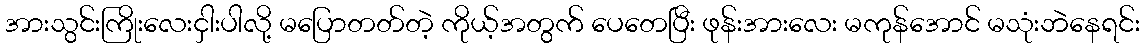
အားသွင်းကြိုးလေးငှါးပါလို့ မပြောတတ်တဲ့ ကိုယ့်အတွက် ပေတေပြီး ဖုန်းအားလေး မကုန်အောင် မသုံးဘဲနေရင်း